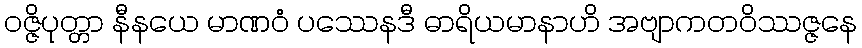
ဝဇ္ဇိပုတ္တာ နီနယေ မာဏဝံ ပဿေနဒီ ဓာရိယမာနာဟိ အဗျာကတဝိဿဇ္ဇနေ